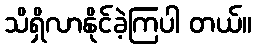
သိရှိလာနိုင်ခဲ့ကြပါ တယ်။